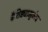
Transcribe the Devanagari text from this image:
वैशिष्ट्यामुळेच